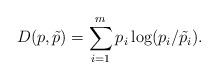
LaTeX: \begin{align*} D(p, \tilde p) = \sum_{i=1}^m p_i \log (p_i/\tilde p_i). \end{align*}